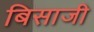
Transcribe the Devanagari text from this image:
बिसाजी